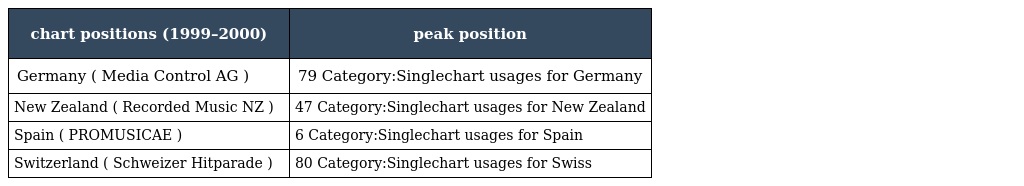
| chart positions (1999–2000) | peak position |
 | --- | --- |
 | Germany ( Media Control AG ) | 79 Category:Singlechart usages for Germany |
 | New Zealand ( Recorded Music NZ ) | 47 Category:Singlechart usages for New Zealand |
 | Spain ( PROMUSICAE ) | 6 Category:Singlechart usages for Spain |
 | Switzerland ( Schweizer Hitparade ) | 80 Category:Singlechart usages for Swiss |